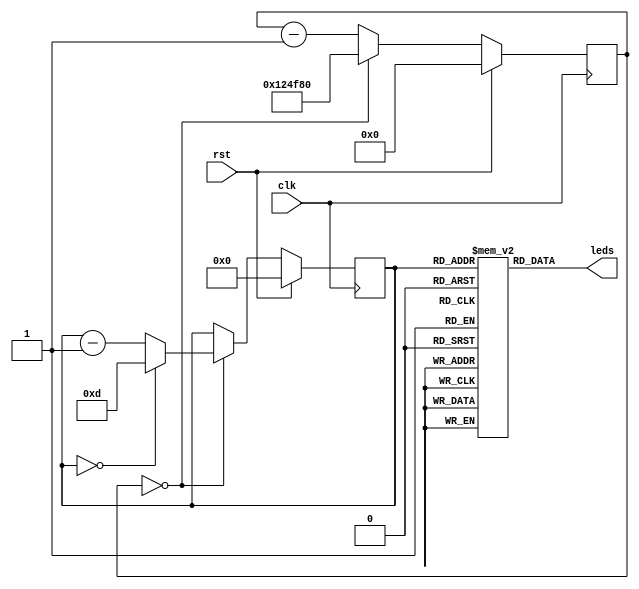
module kr (
    clk, rst,
    leds
);
    parameter COUNT = 32'd1200000;
    input clk; input rst;
    output [7:0] leds;

    reg [31:0] counter;

    reg [7:0] patterns [0:13];
    reg [3:0] pattern_sel;

    initial begin
        patterns[0]  <= 8'b00000001;
        patterns[1]  <= 8'b00000010;
        patterns[2]  <= 8'b00000100;
        patterns[3]  <= 8'b00001000;
        patterns[4]  <= 8'b00010000;
        patterns[5]  <= 8'b00100000;
        patterns[6]  <= 8'b01000000;
        patterns[7]  <= 8'b10000000;
        patterns[8]  <= 8'b01000000;
        patterns[9]  <= 8'b00100000;
        patterns[10] <= 8'b00010000;
        patterns[11] <= 8'b00001000;
        patterns[12] <= 8'b00000100;
        patterns[13] <= 8'b00000010;
    end

    always @ (posedge clk) if(rst) begin
        pattern_sel <= 0;
        counter <= 0; 
    end else begin
        counter <= counter - 1;
        if(counter == 0) begin
            counter <= COUNT;
            pattern_sel <= pattern_sel - 1;
            if(pattern_sel == 0) pattern_sel <= 13;
        end
    end

    assign leds = patterns[pattern_sel];
endmodule